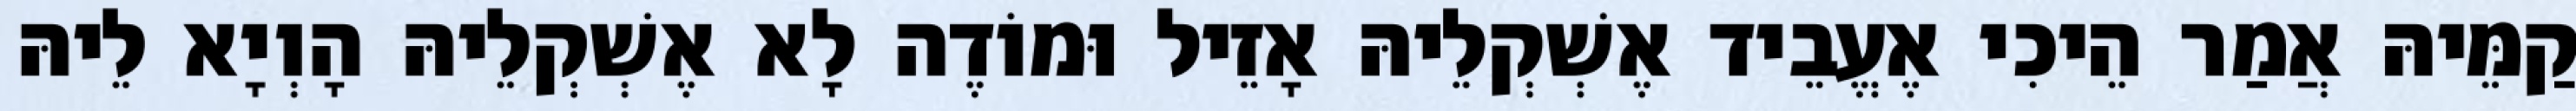
קַמֵּיהּ אֲמַר הֵיכִי אֶעֱבֵיד אֶשְׁקְלֵיהּ אָזֵיל וּמוֹדֶה לָא אֶשְׁקְלֵיהּ הָוְיָא לֵיהּ